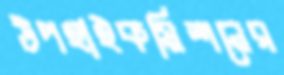
উপহাইকমিশনের